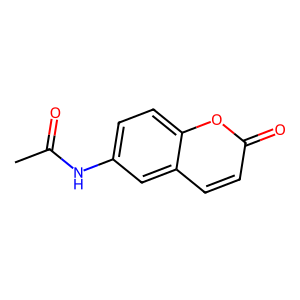
SMILES: CC(=O)Nc1ccc2oc(=O)ccc2c1
Inhibits HIV replication: No